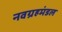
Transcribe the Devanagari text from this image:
नवग्रहमंडल